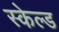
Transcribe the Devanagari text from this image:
स्केल्ड